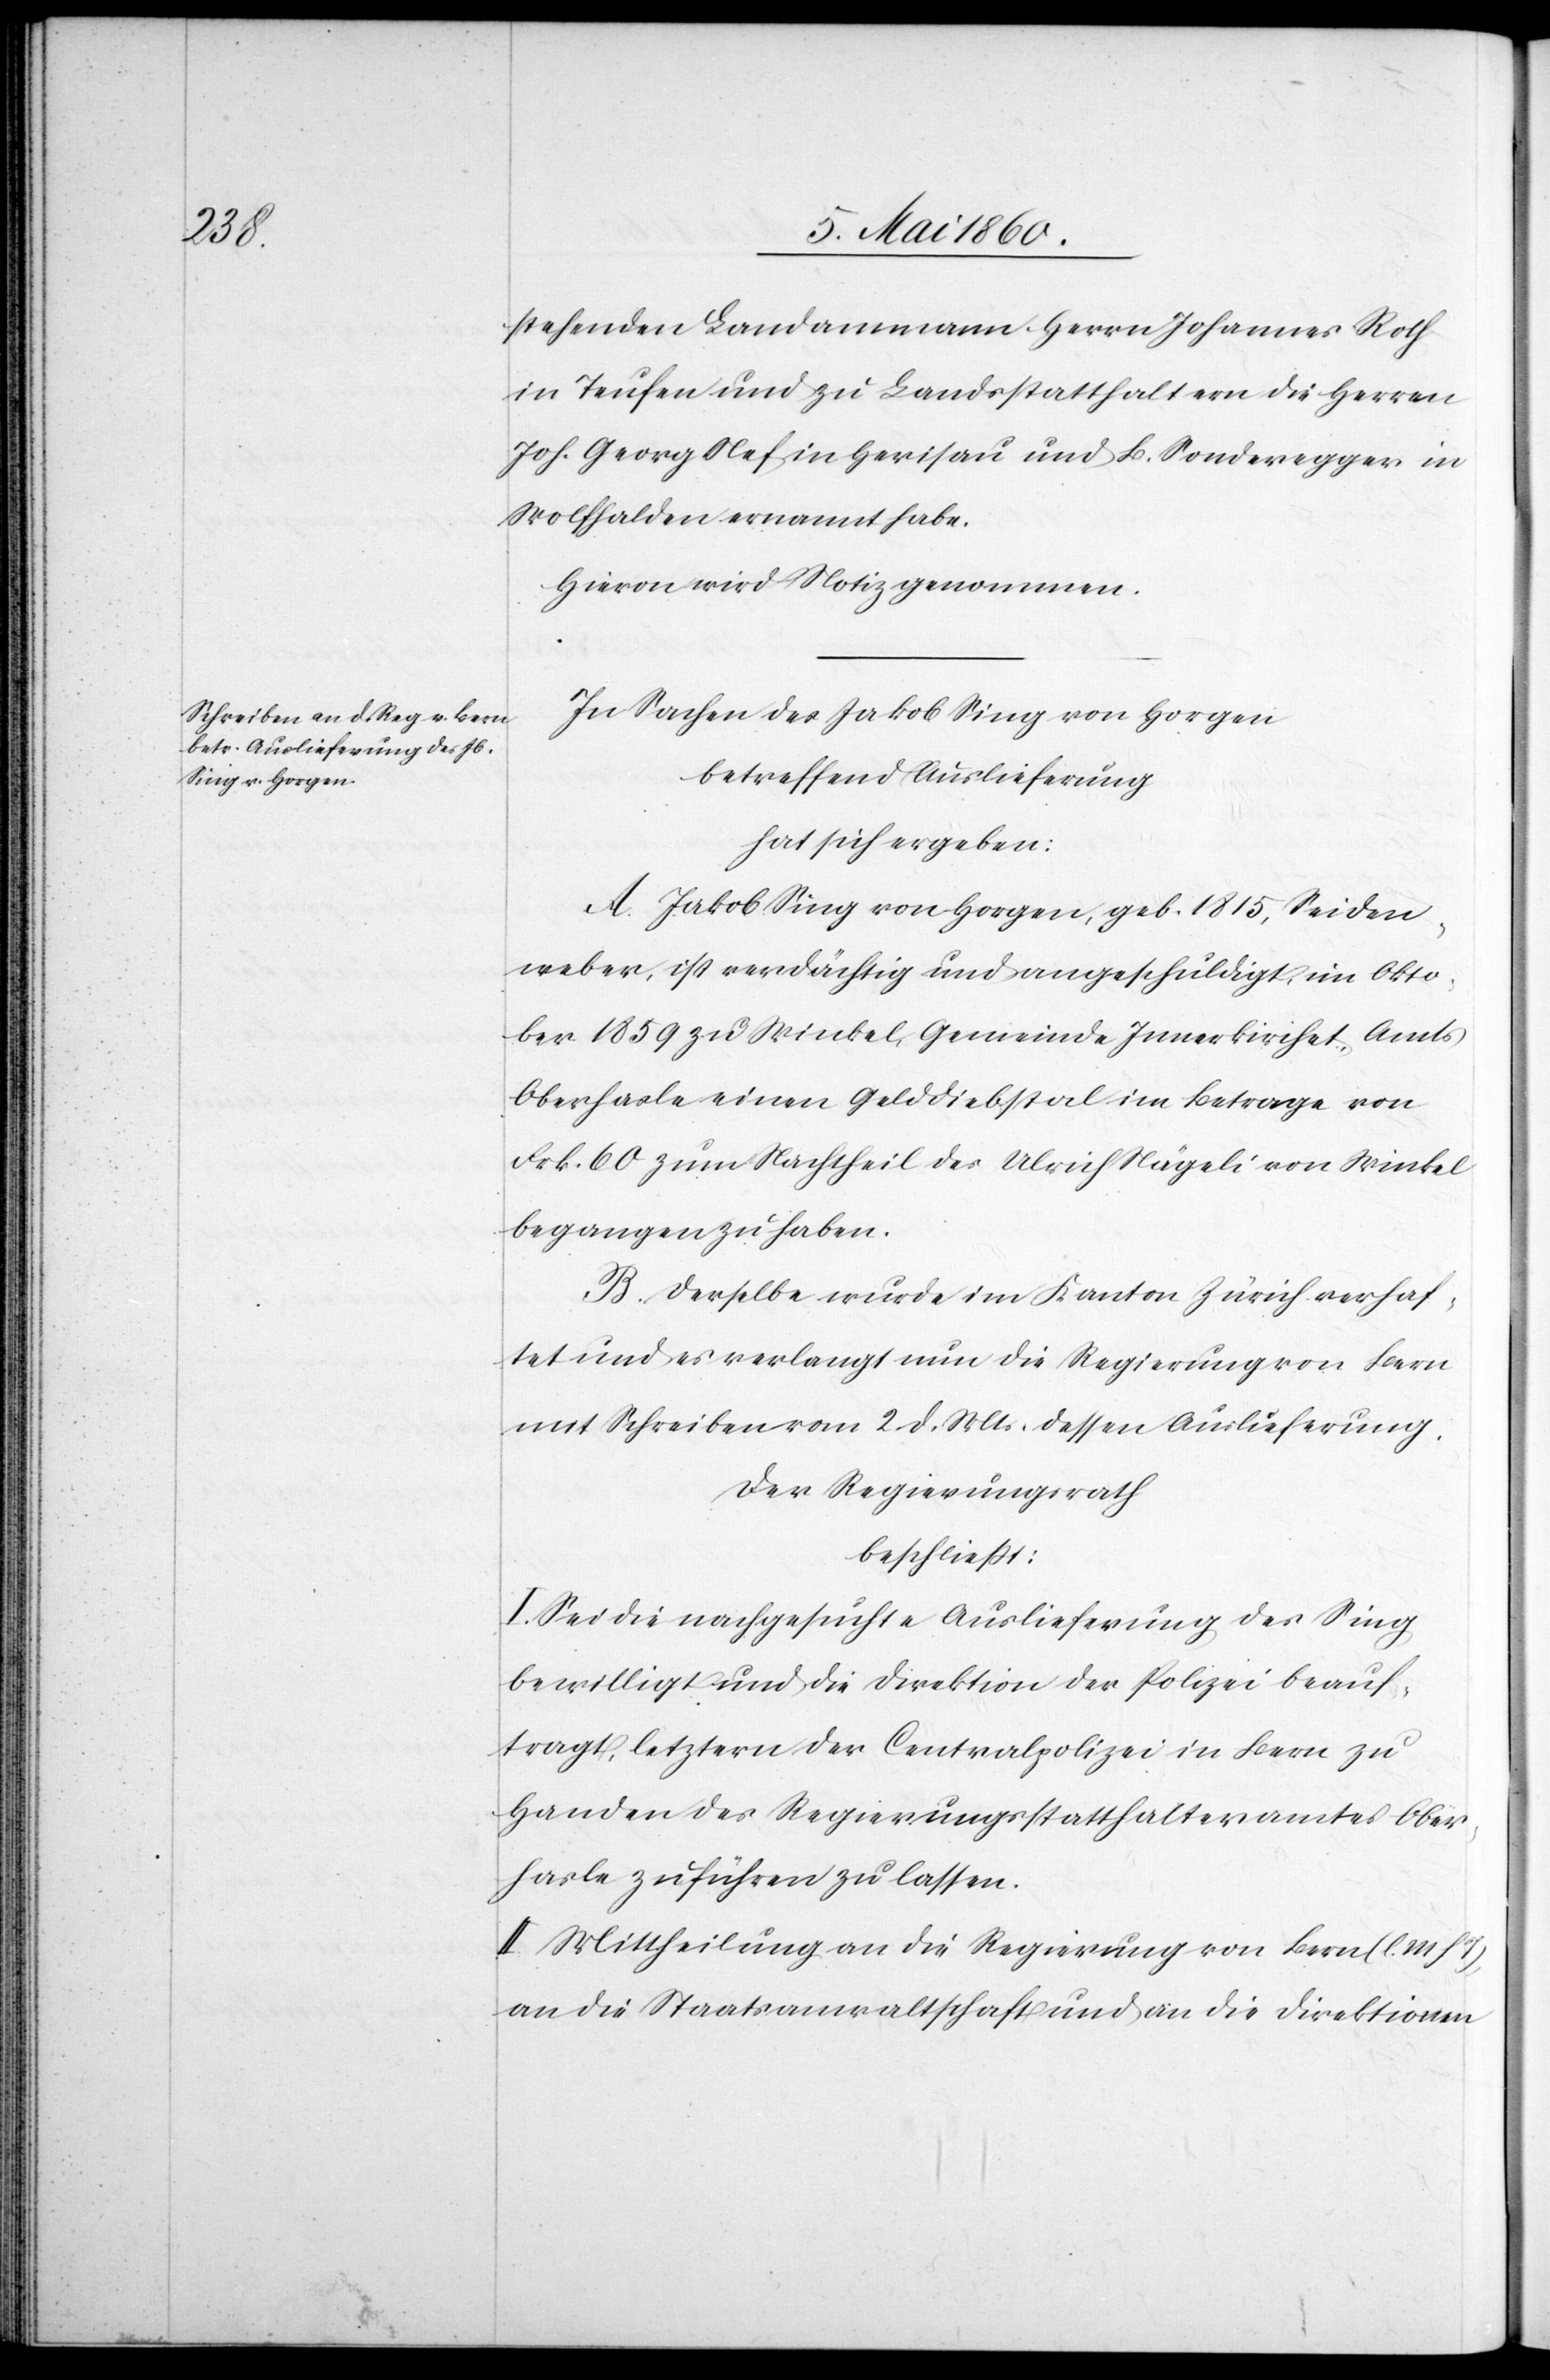
M. h.

stehenden Landammann Herrn Johannes Roth
in Teufen und zu Landsstatthaltern die Herren
Joh. Georg Nef in Herisau und B. Sonderegger in
Wolfhalden ernannt habe.
Hievon wird Notiz genommen.
In Sachen des Jakob Sing von Horgen
betreffend Auslieferung
hat sich ergeben:
A. Jakob Sing von Horgen, geb. 1815, Seiden¬
weber, ist verdächtig und angeschuldigt, im Okto¬
ber 1859 zu Winkel, Gemeinde Innerkirchet, Amts
Oberhasle einen Gelddiebstal im Betrage von
Frk. 60 zum Nachtheil des Ulrich Nägeli von Winkel
begangen zu haben.
B. Derselbe wurde im Kanton Zürich verhaf¬
tet und es verlangt nun die Regierung von Bern
mit Schreiben vom 2. d. Mts. dessen Auslieferung.
Der Regierungsrath
beschliesst:
I. Sei die nachgesuchte Auslieferung des Sing
bewilligt und die Direktion der Polizei beauf¬
tragt, letztern der Centralpolizei in Bern zu
Handen des Regierungsstatthalteramtes Ober¬
hasle zu führen zu lassen.
II. Mittheilung an die Regierung von Bern (l.
an die Staatsanwaltschaft und an die Direktionen